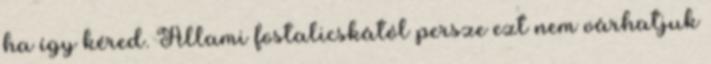
ha így kéred. Állami fostalicskától persze ezt nem várhatjuk